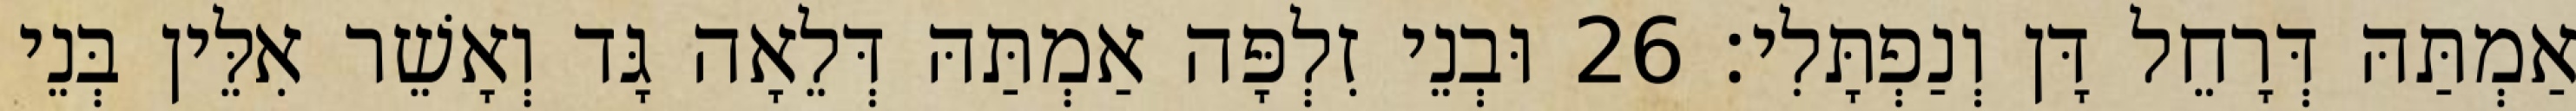
אַמְתַּהּ דְּרָחֵל דָּן וְנַפְתָּלִי׃ 26 וּבְנֵי זִלְפָּה אַמְתַּהּ דְּלֵאָה גָּד וְאָשֵׁר אִלֵּין בְּנֵי